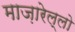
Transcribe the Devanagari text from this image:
माज़ारेल्लो